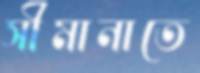
সীমানাতে